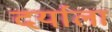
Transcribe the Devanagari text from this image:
दर्याला